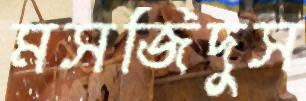
মসজিদুস